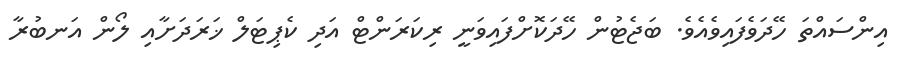
އިންސައްތަ ހޭދަވެފައިވެއެވެ. ބަޖެޓުން ހޭދަކޮށްފައިވަނީ ރިކަރަންޓް އަދި ކެޕިޓަލް ޚަރަދަށާއި ލޯން އަނބުރާ